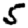
Digit: 5